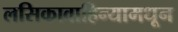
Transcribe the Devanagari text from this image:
लसिकावाहिन्यामधून